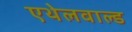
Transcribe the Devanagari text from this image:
एथेलवाल्ड